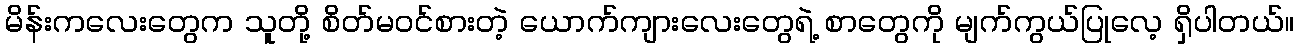
မိန်းကလေးတွေက သူတို့ စိတ်မဝင်စားတဲ့ ယောက်ကျားလေးတွေရဲ့ စာတွေကို မျက်ကွယ်ပြုလေ့ ရှိပါတယ်။